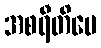
အစရီတိပေ